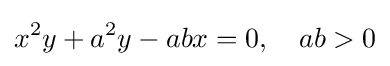
x^{2}y+a^{2}y-abx=0,\quad ab>0